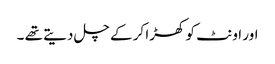
اور اونٹ کو کھڑا کر کے چل دیتے تھے ۔